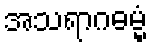
အသရာဂဓမ္မံ